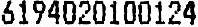
6194020100124